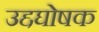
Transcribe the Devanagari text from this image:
उद्दघोषक